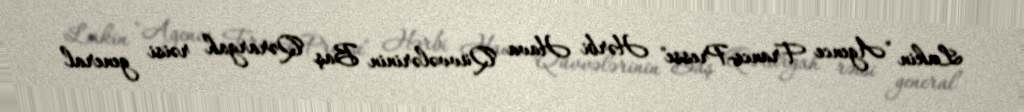
Lakin "Agence France-Presse" Hərbi Hava Qüvvələrinin Baş Qərargah rəisi general